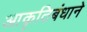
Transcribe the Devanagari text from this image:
आकृतिबंधाने